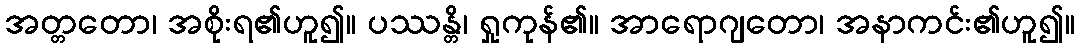
အတ္တတော၊ အစိုးရ၏ဟူ၍။ ပဿန္တိ၊ ရှုကုန်၏။ အာရောဂျတော၊ အနာကင်း၏ဟူ၍။